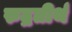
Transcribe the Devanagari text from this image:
रुद्रतीर्थ